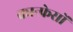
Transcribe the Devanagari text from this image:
कान्फ्रेसों